Language: tamil
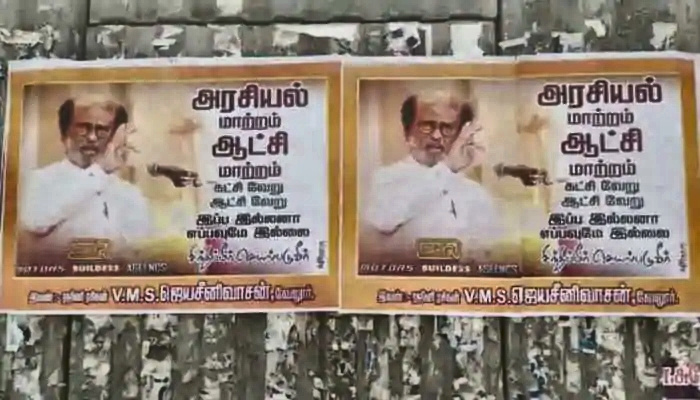
Transcription: வேறு கட்சி ஆட்சி வேறு அரசியல் மாற்றம் ஆட்சி வேறு எப்பவுமே இல்லை அரசியல் ஆட்சி மாற்றம் வேறு இப்ப இல்லை எப்பவுமே கட்சி இல்லனா இல்லனா மாற்றம் இப்ப மாற்றம் ஆட்சி